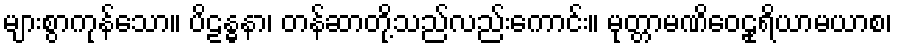
များစွာကုန်သော။ ပိဠန္ဓနာ၊ တန်ဆာတို့သည်လည်းကောင်း။ မုတ္တာမဏိဝေဠုရိယာမယာစ၊